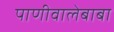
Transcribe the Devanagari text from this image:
पाणीवालेबाबा